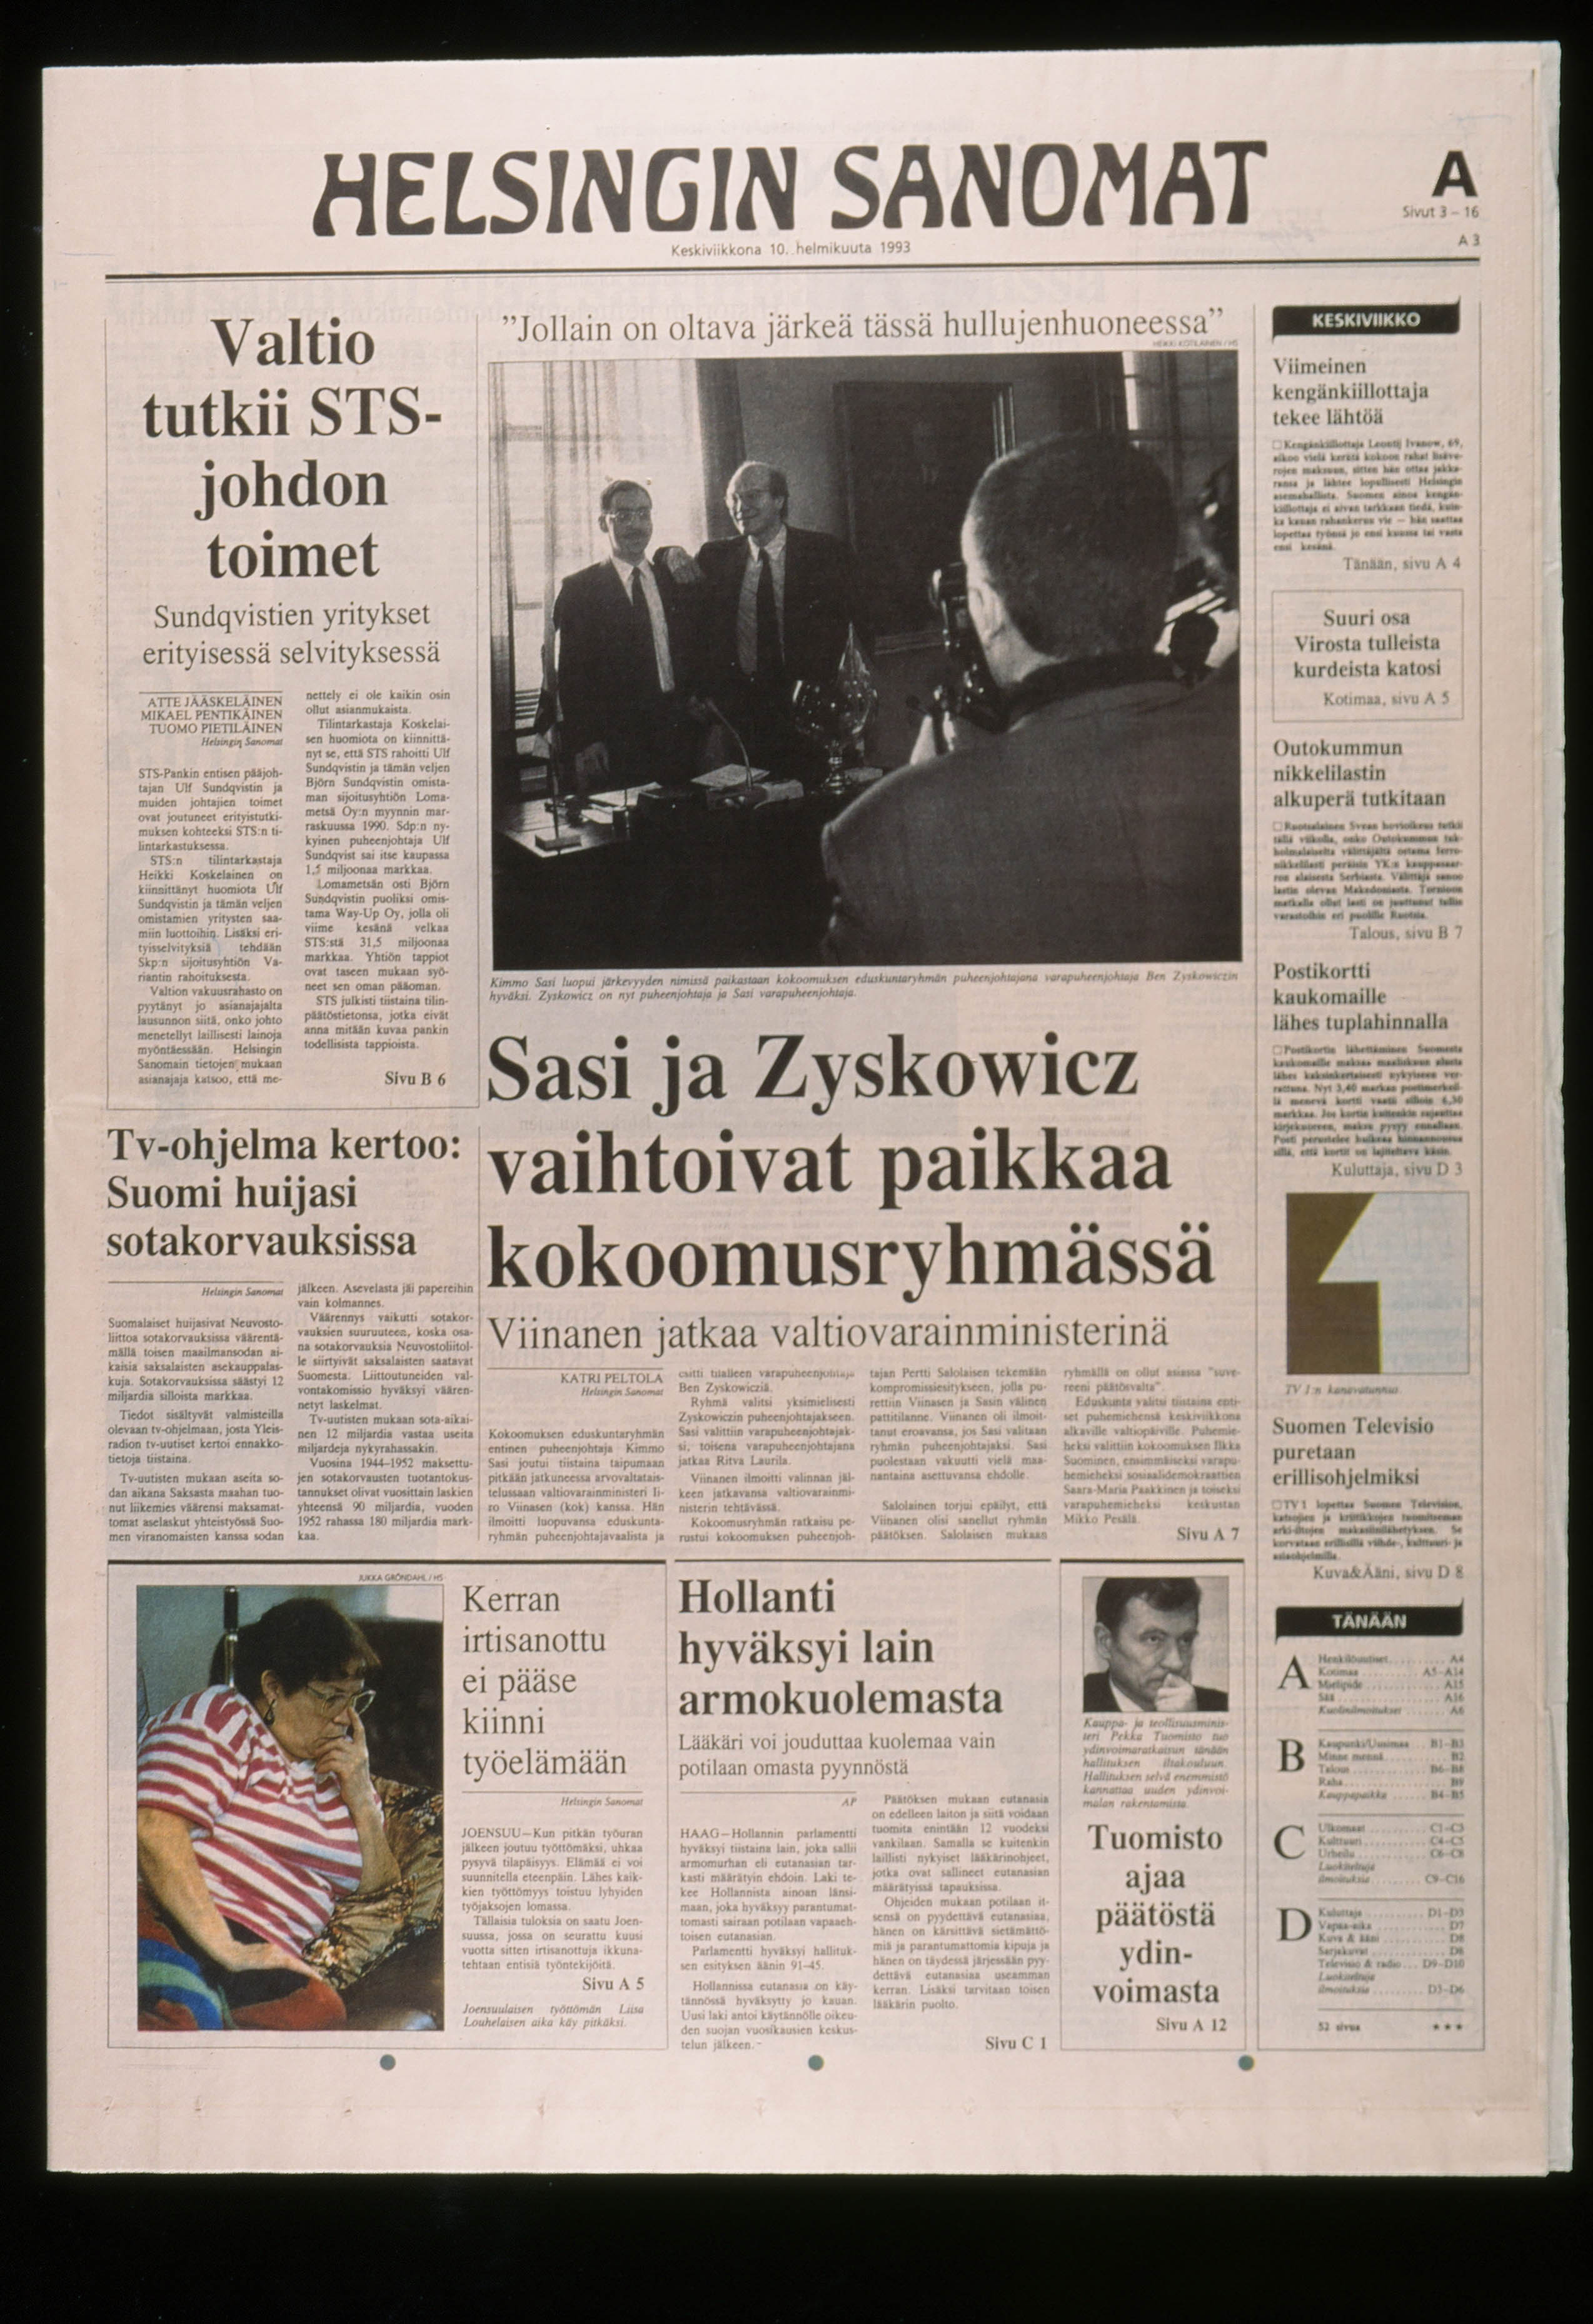
Language: fn